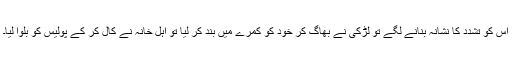
اس کو تشدد کا نشانہ بنانے لگے تو لڑکی نے بھاگ کر خود کو کمرے میں بند کر لیا تو اہل خانہ نے کال کر کے پولیس کو بلوا لیا۔